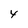
Character: 4